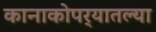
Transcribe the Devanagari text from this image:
कानाकोपर्‍यातल्या